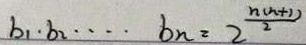
b _ { 1 } \cdot b _ { 2 } \cdots b _ { n } = 2 ^ { \frac { n ( n + 1 ) } { 2 } }